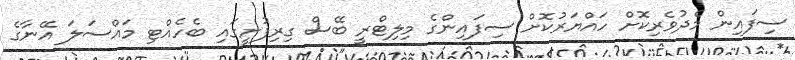
ސިފައިން މެދުވެރިކޮށް ހައްޔަރުކޮށް ސިފައިންގެ މިލިޓްރީ ބޭސް ގިރިފުށީގައި ބެހެއްޓި މައްސަލަ އޭނާގެ